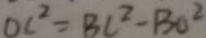
O C ^ { 2 } = B C ^ { 2 } - B O ^ { 2 }